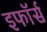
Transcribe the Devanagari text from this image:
इफॉर्स